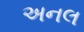
અનલ